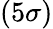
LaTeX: (5\sigma)